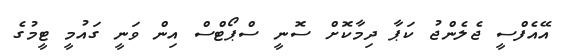
އޭއެފްސީ ޖެލެންޖު ކަޕާ ދިމާކޮށް ސޮނީ ސްޕޯޓްސް އިން ވަނީ ގައުމީ ޓީމުގެ